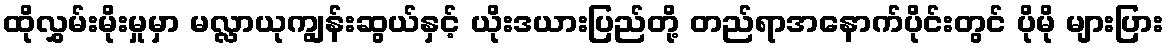
ထိုလွှမ်းမိုးမှုမှာ မလ္လာယုကျွန်းဆွယ်နှင့် ယိုးဒယားပြည်တို့ တည်ရာအနောက်ပိုင်းတွင် ပိုမို များပြား